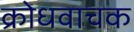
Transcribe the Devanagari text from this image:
क्रोधवाचक